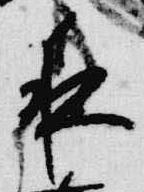
夜